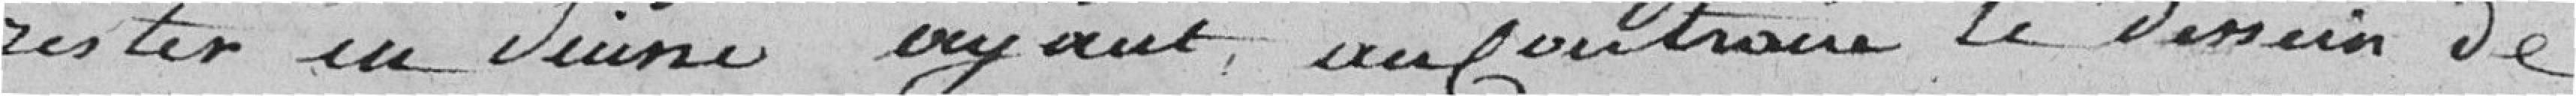
rester en Suisse, ayant au contraire le dessein de